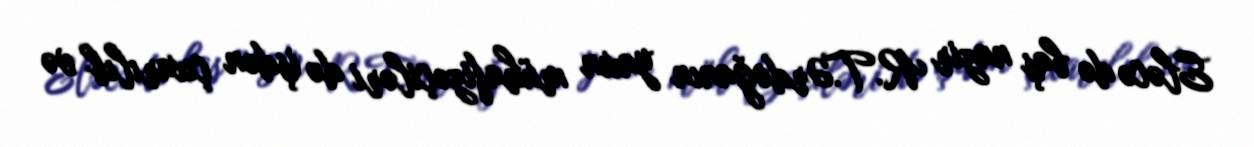
Eləcə də baş nazir R.T.Ərdoğanın yaxın mühafizəçiləri də işdən çıxarılıb və